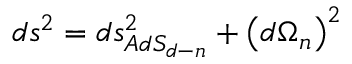
d s ^ { 2 } = d s _ { A d S _ { d - n } } ^ { 2 } + \left( d \Omega _ { n } \right) ^ { 2 }